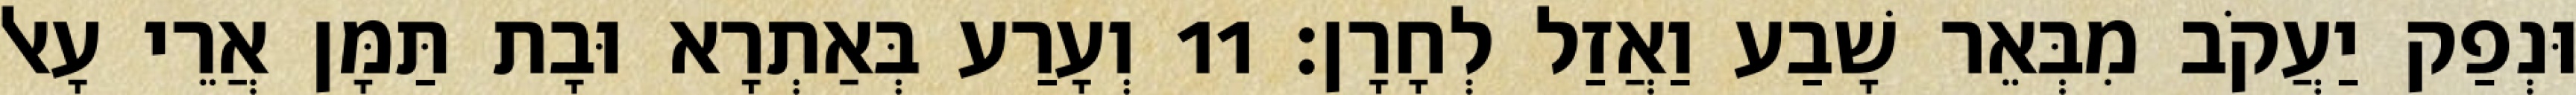
וּנְפַק יַעֲקֹב מִבְּאֵר שָׁבַע וַאֲזַל לְחָרָן׃ 11 וְעָרַע בְּאַתְרָא וּבָת תַּמָּן אֲרֵי עָאל